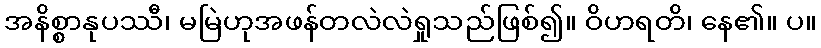
အနိစ္စာနုပဿီ၊ မမြဲဟုအဖန်တလဲလဲရှုသည်ဖြစ်၍။ ဝိဟရတိ၊ နေ၏။ ပ။